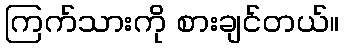
ကြက်သားကို စားချင်တယ်။